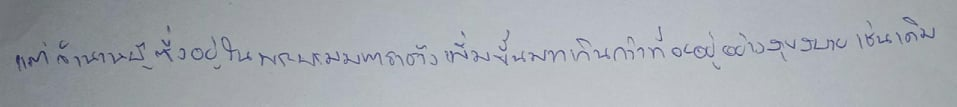
แต่จำนวนผู้ซึ่งอยู่ในพระบรมมหาราชวังเพิ่มขึ้นมากเกินกว่าที่จะอยู่อย่างสุขสบายเช่นเดิม